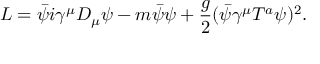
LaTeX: L = \bar { \psi } i \gamma ^ { \mu } D _ { \mu } \psi - m \bar { \psi } \psi + { \frac { g } { 2 } } ( \bar { \psi } \gamma ^ { \mu } T ^ { a } \psi ) ^ { 2 } .